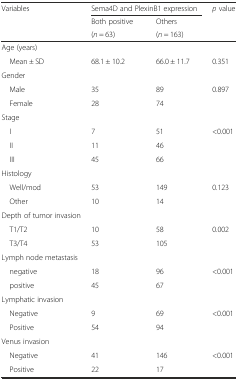
| <ROWSPAN=3> Variables | <COLSPAN=2> Sema4D and PlexinB1 expression | <ROWSPAN=3> p value |
 | Both positive | Others |
 | (n = 63) | (n = 163) |
 | --- | --- | --- | --- |
 | Age (years) |  |  |  |
 | Mean ± SD | 68.1 ± 10.2 | 66.0 ± 11.7 | 0.351 |
 | Gender |  |  |  |
 | Male | 35 | 89 | <ROWSPAN=2> 0.897 |
 | Female | 28 | 74 |
 | Stage |  |  |  |
 | I | 7 | 51 | <ROWSPAN=2> <0.001 |
 | II | 11 | 46 |
 | III | 45 | 66 |  |
 | Histology |  |  |  |
 | Well/mod | 53 | 149 | <ROWSPAN=2> 0.123 |
 | Other | 10 | 14 |
 | Depth of tumor invasion |  |  |  |
 | T1/T2 | 10 | 58 | <ROWSPAN=2> 0.002 |
 | T3/T4 | 53 | 105 |
 | Lymph node metastasis |  |  |  |
 | negative | 18 | 96 | <ROWSPAN=2> <0.001 |
 | positive | 45 | 67 |
 | Lymphatic invasion |  |  |  |
 | Negative | 9 | 69 | <ROWSPAN=2> <0.001 |
 | Positive | 54 | 94 |
 | Venus invasion |  |  |  |
 | Negative | 41 | 146 | <ROWSPAN=2> <0.001 |
 | Positive | 22 | 17 |